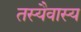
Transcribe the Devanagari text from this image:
तस्यैवास्य